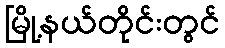
မြို့နယ်တိုင်းတွင်